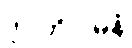
ဒုဂ္ဂတိဂါမိနံ